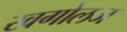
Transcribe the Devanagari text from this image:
खगोलज